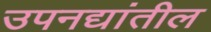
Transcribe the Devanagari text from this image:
उपनद्यांतील